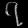
Digit: ၇